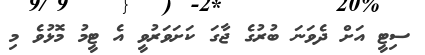
ސިޓީ އަށް ދެވަނަ ބުރުގެ ޖާގަ ކަށަވަރުވީ އެ ޓީމު މޮޅުވެ މި